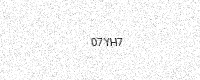
Text: 07YH7